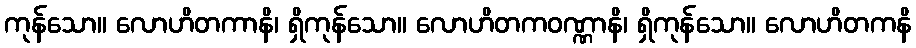
ကုန်သော။ လောဟိတကာနိ၊ ရှိကုန်သော။ လောဟိတကဝဏ္ဏာနိ၊ ရှိကုန်သော။ လောဟိတကနိ